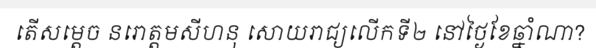
តើសម្តេច នរោត្តមសីហនុ សោយរាជ្យលើកទី២ នៅថ្ងៃខែឆ្នាំណា?